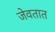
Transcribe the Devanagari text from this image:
जेवतात